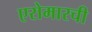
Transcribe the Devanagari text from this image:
एरोमारची